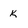
Character: k